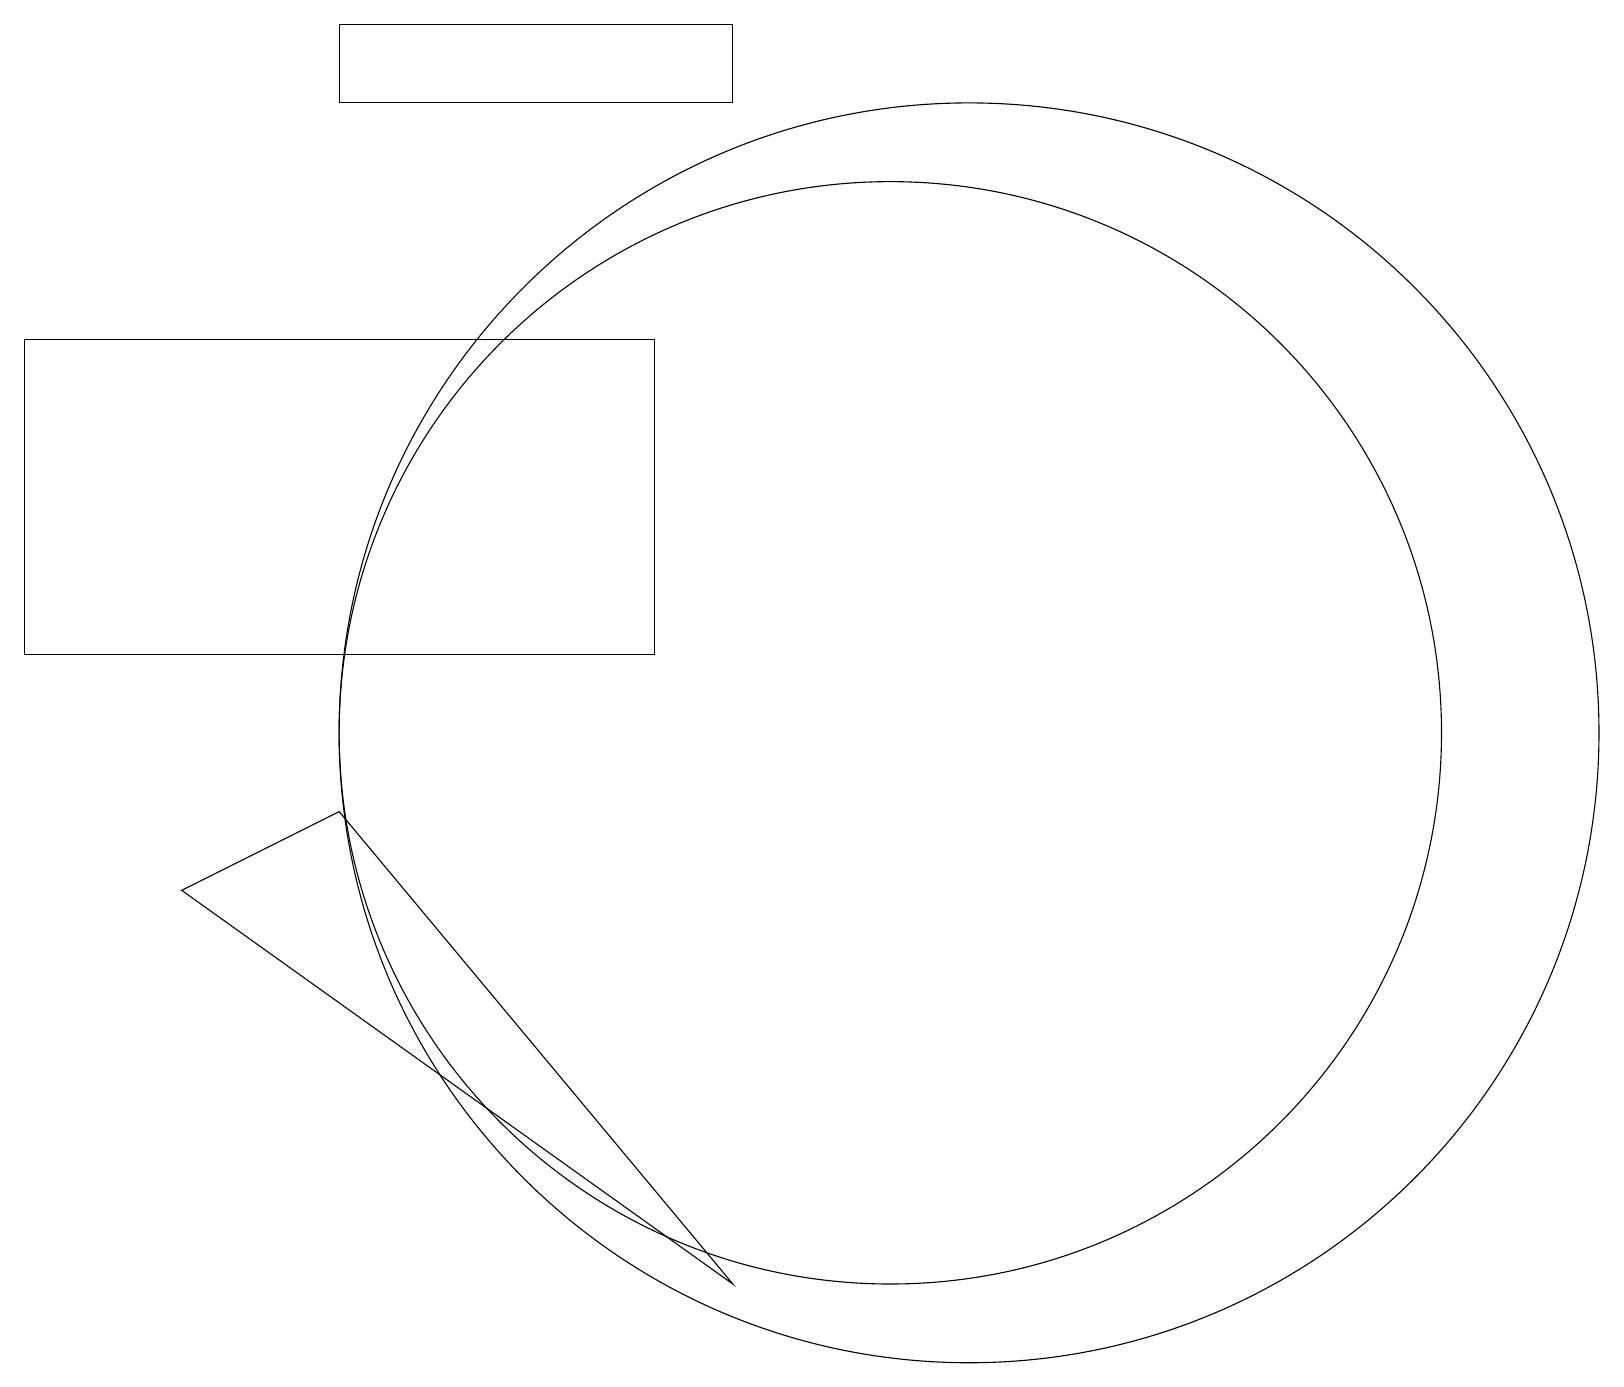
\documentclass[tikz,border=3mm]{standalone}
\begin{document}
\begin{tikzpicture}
\draw (11,10) circle (7);
\draw (9,18) rectangle (4,19);
\draw (12,10) circle (8);
\draw (8,11) rectangle (0,15);
\draw (9,3) -- (4,9) -- (2,8) -- cycle;
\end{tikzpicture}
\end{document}